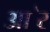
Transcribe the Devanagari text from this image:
आ॓र